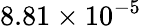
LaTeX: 8.81\times 10^{-5}